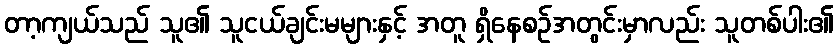
တာ့ကျယ်သည် သူ၏ သူငယ်ချင်းမများနှင့် အတူ ရှိနေစဉ်အတွင်းမှာလည်း သူတစ်ပါး၏